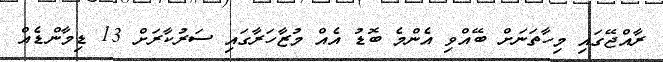
ރާއްޖޭގައި މިހާތަނަށް ބޭއްވި އެންމެ ބޮޑު އެއް މުޒާހަރާގައި ސަރުކާރަށް 13 ޑިމާންޑެއް